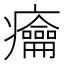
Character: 𱱰